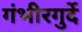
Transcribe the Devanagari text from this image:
गंभीरगुर्दे